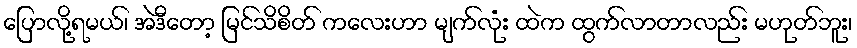
ပြောလို့ရမယ်၊ အဲဒီတော့ မြင်သိစိတ် ကလေးဟာ မျက်လုံး ထဲက ထွက်လာတာလည်း မဟုတ်ဘူး၊